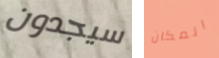
سيجدون المكان